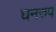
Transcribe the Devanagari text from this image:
घनरुप